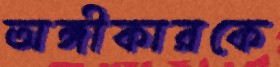
অঙ্গীকারকে